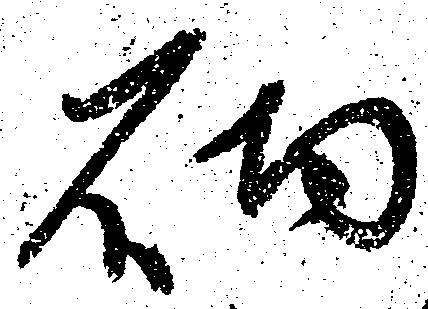
砌